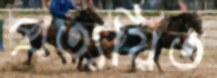
প্রত্যয়িত